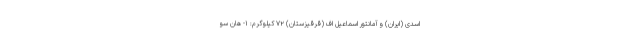
اسدی (ایران) و آمانتور اسماعیل اف (قرقیزستان) ۷۲ کیلوگرم: ۱- هان سو